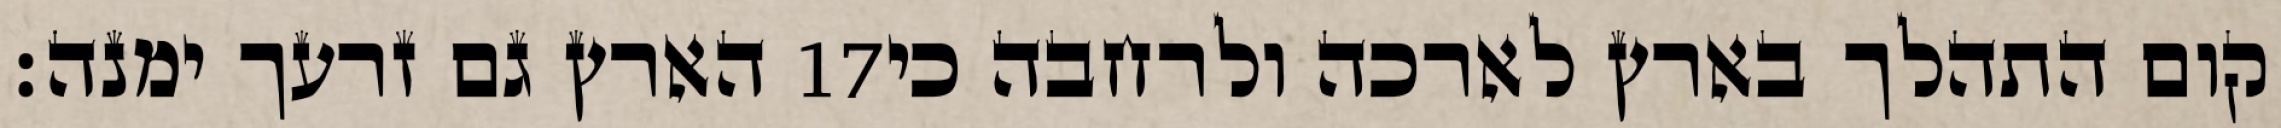
הארץ גם זרעך ימנה׃ ‎17‏ קום התהלך בארץ לארכה ולרחבה כי